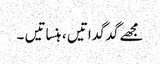
مجھے گدگداتیں ، ہنساتیں ۔